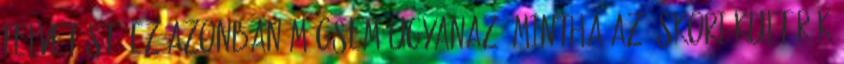
felvetést. Ez azonban mégsem ugyanaz, mintha az őskori kultúrák